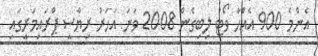
އެންމެ 900 އެއްހާ ވޯޓު ލިބިގެން 2008 ވަނަ އަހަރު ރިޔާސީ ޕްރައިމަރީގައި